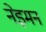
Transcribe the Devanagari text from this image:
नेइमन